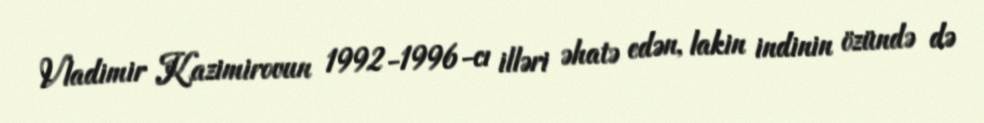
Vladimir Kazimirovun 1992-1996-cı illəri əhatə edən, lakin indinin özündə də